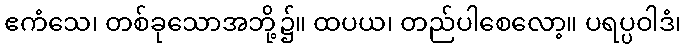
ဧကံသေ၊ တစ်ခုသောအဘို့၌။ ထပယ၊ တည်ပါစေလော့။ ပရပ္ပဝါဒံ၊